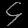
Digit: ၄